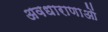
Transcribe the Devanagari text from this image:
अवधाराणाओं